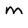
Character: m